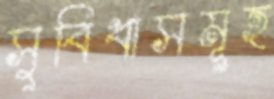
সুবিধাসমূহ